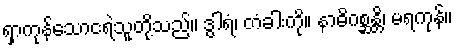
ရှာကုန်သောငရဲသူတို့သည်။ ဒွါရံ၊ တံခါးကို။ နာဓိဂစ္ဆန္တိ၊ မရကုန်။